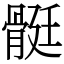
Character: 䯕